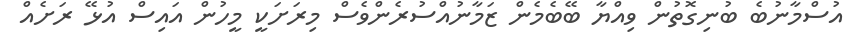
އުސްމާނުބެ ބުނިގޮތުން ވިއްޔާ ބޭބެމެން ޒަމާނުއްސުރެންވެސް މިރަށަކީ މީހުން އައިސް އުޅޭ ރަށެއް